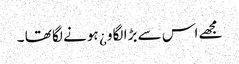
مجھے اس سے بڑا لگاو ¿ ہونے لگا تھا ۔